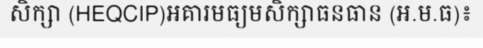
សិក្សា (HEQCIP)អគារមធ្យមសិក្សាធនធាន (អ.ម.ធ)៖